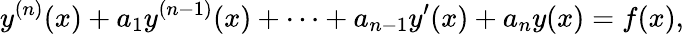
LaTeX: y^{(n)}(x)+a_{1}y^{(n-1)}(x)+\cdots+a_{n-1}y^{\prime}(x)+a_{n}y(x)=f(x),